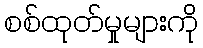
စစ်ထုတ်မှုများကို